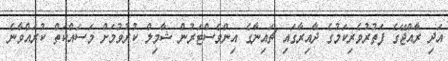
އަދި ރާއްޖޭގެ ފަތުރުވެރިކަމުގެ ދާއިރާގައި ޗައިނާގެ އިންވެސްޓަރުން ޝާމިލް ކުރުވުމަށް މަސައްކަތް ކުރައްވާނެ